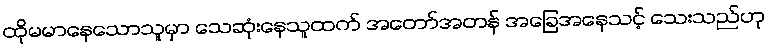
ထိုမမာနေသောသူမှာ သေဆုံးနေသူထက် အတော်အတန် အခြေအနေသင့် သေးသည်ဟု